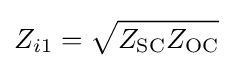
Z_{i1}={\sqrt {Z_{\mathrm {SC} }Z_{\mathrm {OC} }}}